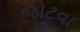
જોટવા